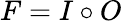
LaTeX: F=I\circ O